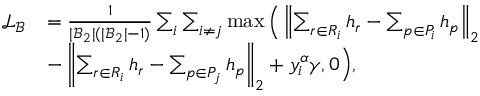
\begin{array} { r l } { \mathcal { L } _ { \mathcal { B } } } & { = \frac { 1 } { | \mathcal { B } _ { 2 } | ( | \mathcal { B } _ { 2 } | - 1 ) } \sum _ { i } \sum _ { i \neq j } \operatorname* { m a x } \Big ( \left\| \sum _ { r \in R _ { i } } h _ { r } - \sum _ { p \in P _ { i } } h _ { p } \right\| _ { 2 } } \\ & { - \left\| \sum _ { r \in R _ { i } } h _ { r } - \sum _ { p \in P _ { j } } h _ { p } \right\| _ { 2 } + y _ { i } ^ { \alpha } \gamma , 0 \Big ) , } \end{array}